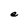
Character: e